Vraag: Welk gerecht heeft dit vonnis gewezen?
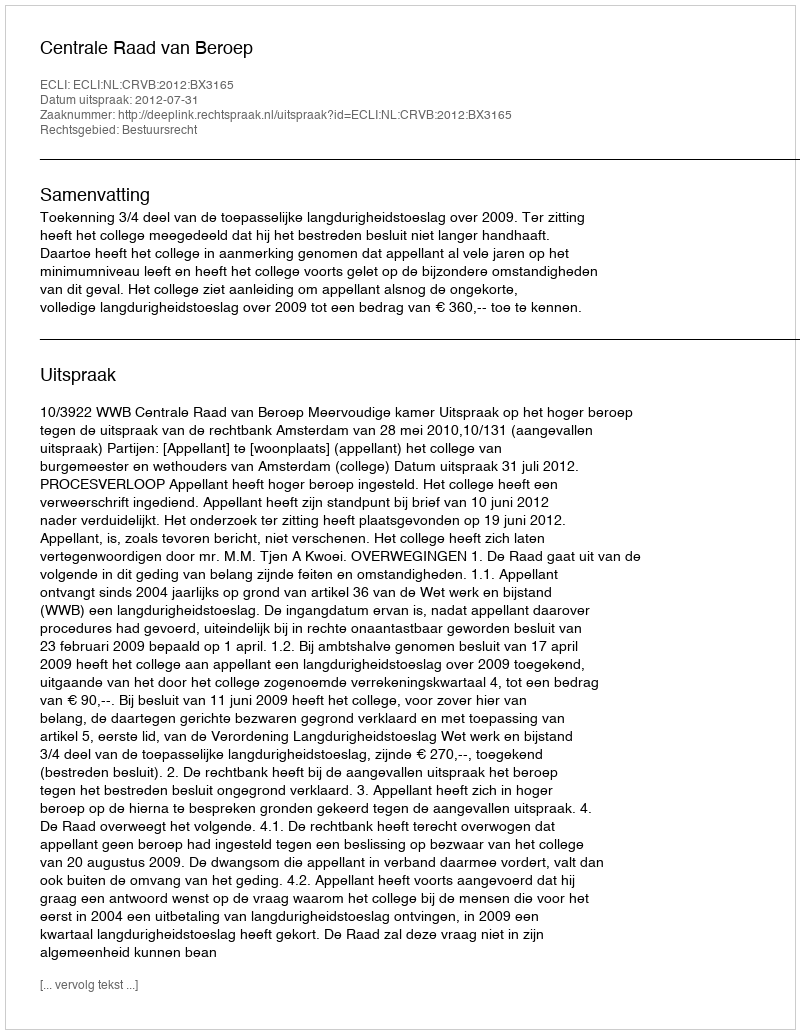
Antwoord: Centrale Raad van Beroep